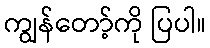
ကျွန်တော့်ကို ပြပါ။